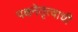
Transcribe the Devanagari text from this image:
पक्षनेतृत्वाची